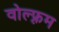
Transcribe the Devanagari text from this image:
वोल्फ़्रम